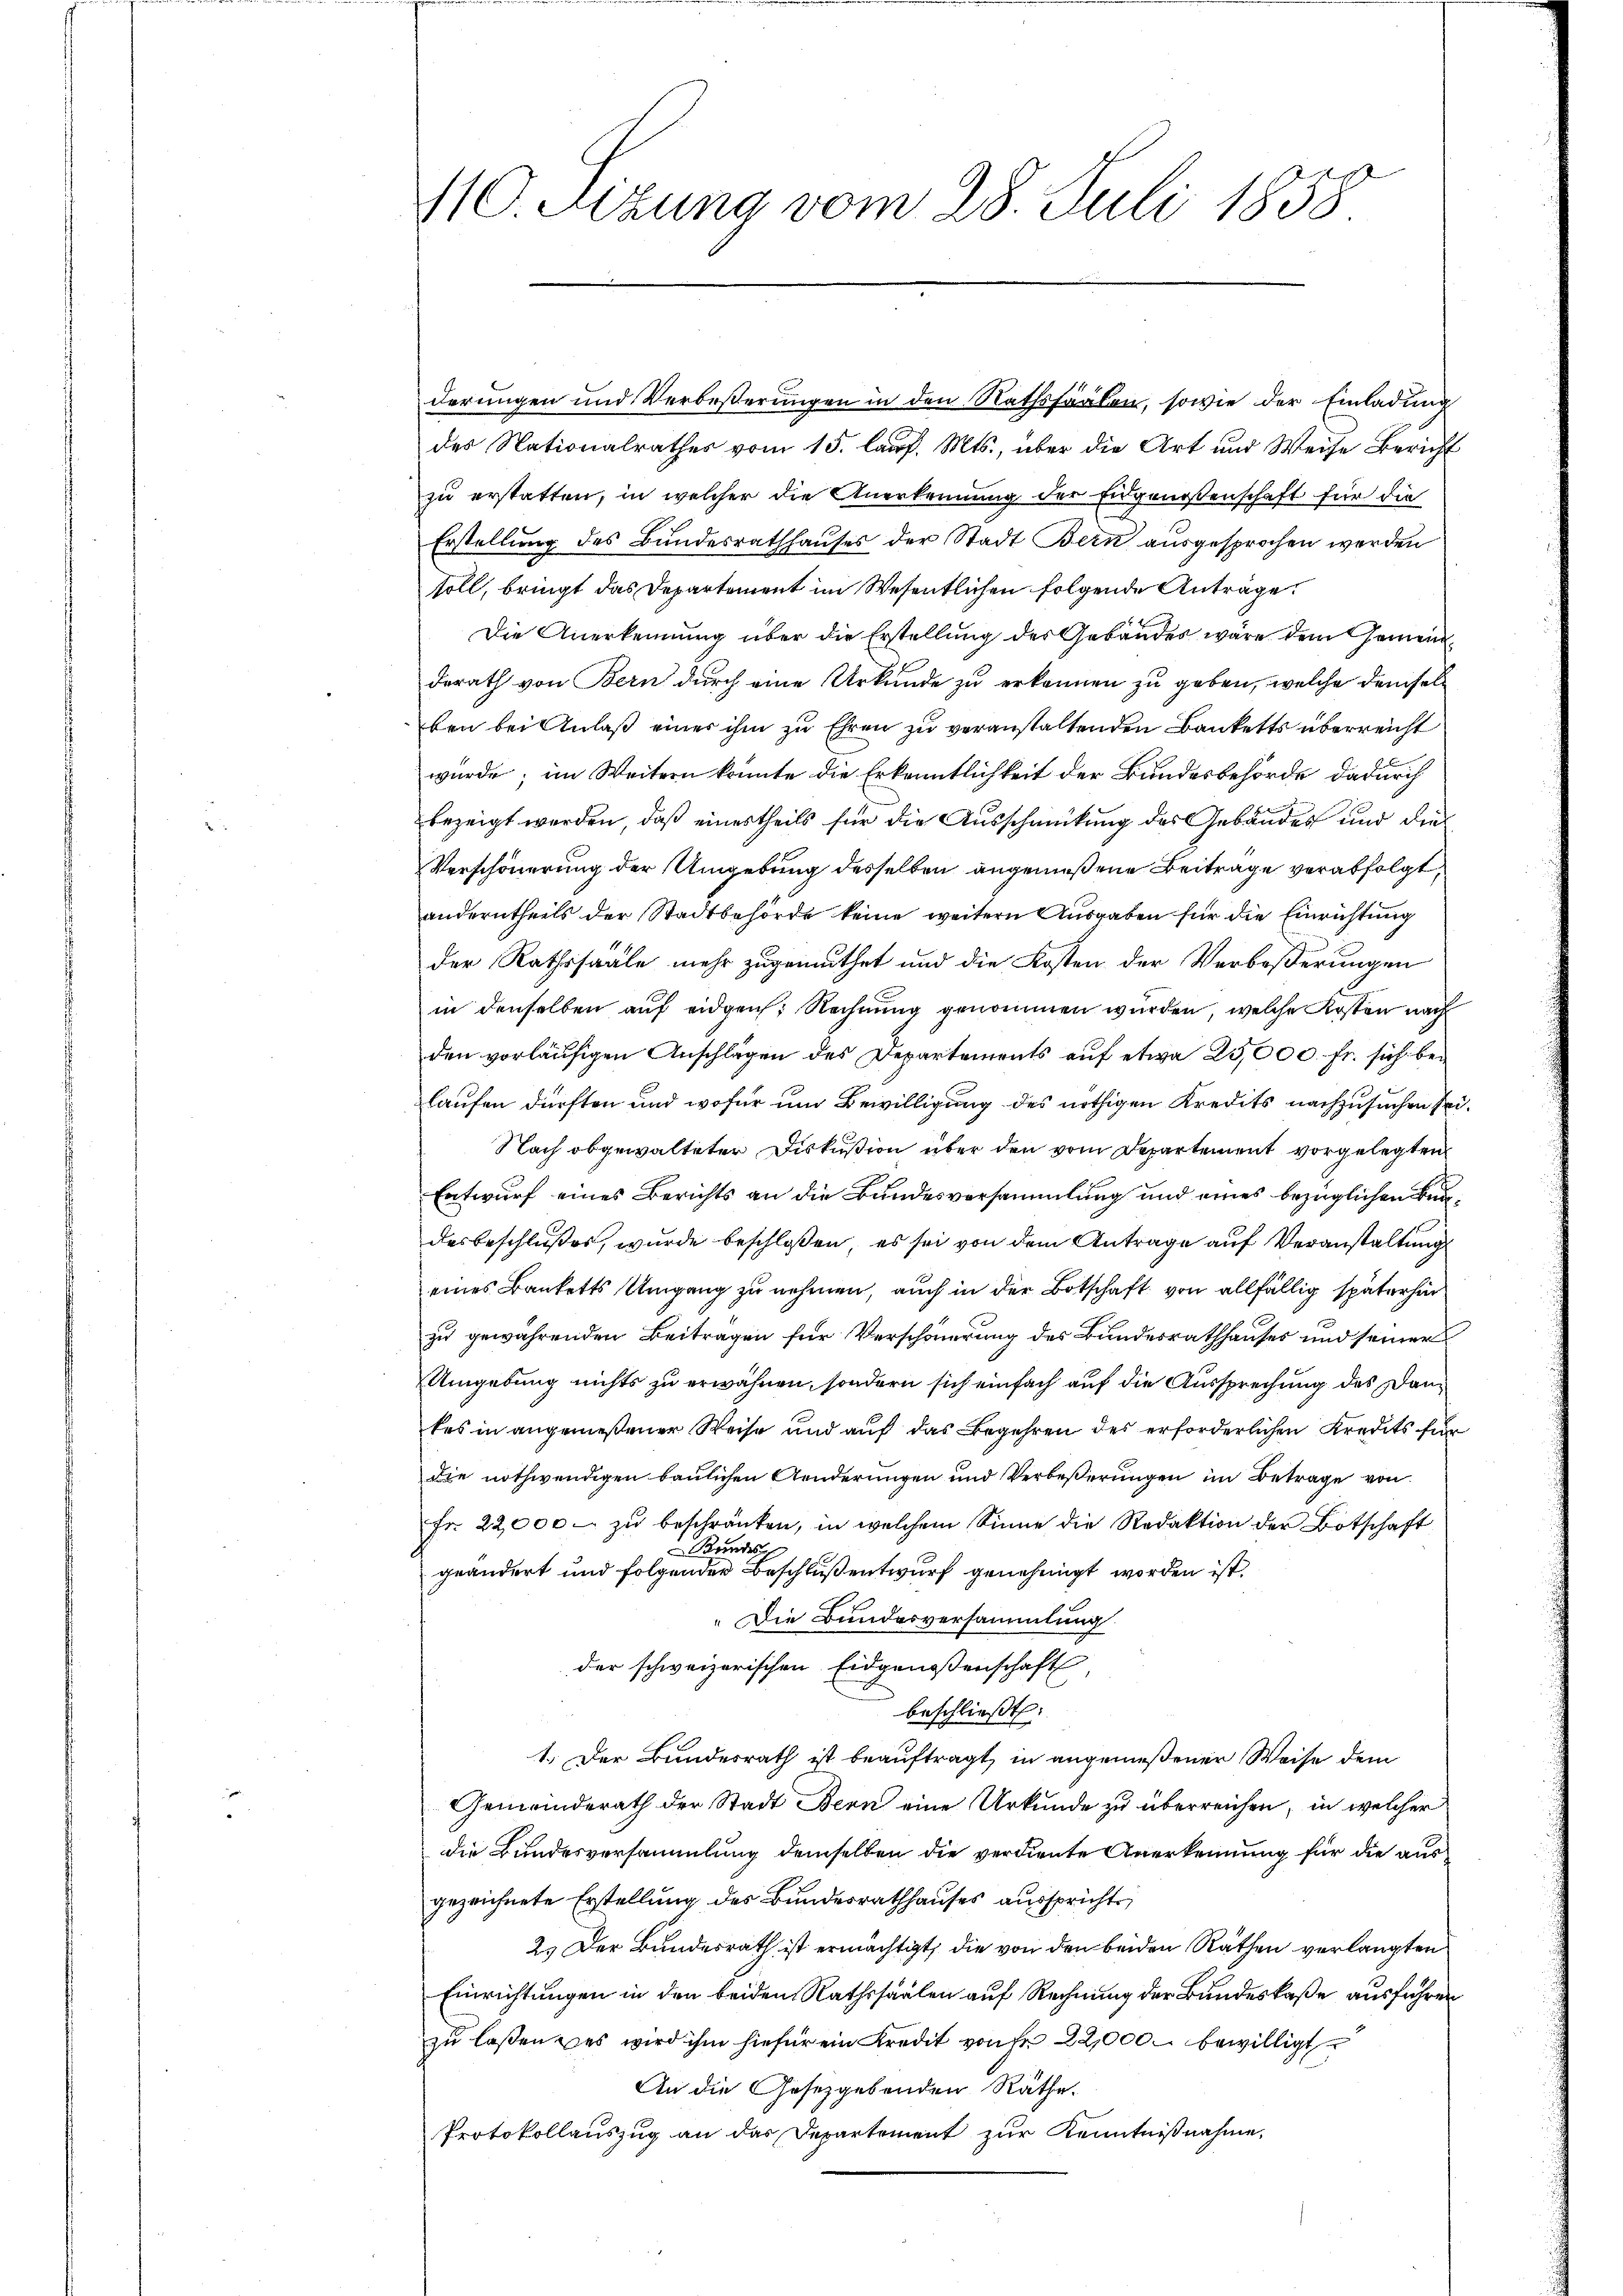
derungen und Verbeßerungen in den Rathsfäälen, sowie der Einladung
des Nationalrathes vom 15. lauf. Mts., über die Art und Weise Bericht
zu erstatten, in welcher die Anerkennung der Eidgenossenschaft für die
Erstellung des Bundesrathhauses der Stadt Bern ausgesprochen werden
soll, bringt das Departement im Wesentlichen folgende Anträge.
Die Anerkennung über die Erstellung des Gebäudes wäre dem Gemeinderath von Bern durch eine Urkunde zu erkennen zu geben, welche demsel
ben bei Anlaß einer ihm zu Ehren zu veranstaltenden Banketts überreicht
würde; im Weitern konnte die Erkenntlichkeit der Bundesbehörde dadurch
bezeigt werden, daß einestheils für die Ausschmückung des Gebäudes und dies
Verschönerung der Umgebung desselben angemeßene Beitrage verabfolgt,
anderntheils der Stadtbehörde keine weitern Ausgaben für die Einrichtung
der Rathssääle mehr zugemuthet und die Kosten der Verbeßerungen
in denselben auf eidgen: Rechnung genommen wurden, welche Kosten nach
den vorläufigen Anschlägen des Departements auf etwa 25,000. fr. sich belaufen dürften und wofür um Bewilligung des nöthigen Kredits nachzusuchen sei.
Nach obgewalteter Diskußion über den vom Departement vorgelegten
Entwurf eines Berichts an die Bundesversammlung und eines bezüglichen Bundesbeschlußes, wurde beschloßen, es sei von dem Antrage auf Veranstaltung
eines Banketts Umgang zu nehmen, auch in der Botschaft von allfällig späterhin
zu gewährenden Beitragen für Verschönerung des Bundesrathhauses und seiner
Umgebung nichts zu erwähnen, sondern sich einfach auf die Aussprechung des Dankes in angemeßener Weise und auf das Begehren des erforderlichen Kredits für
die nothwendigen baulichen Aenderungen und Verbeßerungen im Betrage von
fr. 22,000. zŭ beschränken, in welchem Sinne die Redaktion der Botschaft
Bundes
geändert und folgender Beschluß entwurf genehmigt worden ist.
Die Bundesversammlung
der schweizerischen Eidgenossenschaft
beschließt:
1. Der Bundesrath ist beauftragt, in angemeßener Weise dem
Gemeinderath der Stadt Bern eine Urkunde zu überreichen, in welcher
die Bundesversammlung demselben die verdiente Anerkennung für die ausgezeichnete Erstellung des Bundesrathhauses aussprichte,
2.) Der Bundesrath ist ermächtigt, die von den beiden Räthen verlangten
Einrichtungen in den beiden Rathssaalen auf Rechnung der Bundeskaße ausführen
zu laßen was wird ihm hiefür ein Kredit von Fr. 22,000. bewilligt
An die Gesetzgebenden Räthe.
Protokollauszug an das Departement zur Kenntnißnahme,

410. Sizung vom 28. Juli 1858